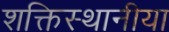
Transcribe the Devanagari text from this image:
शक्तिस्थानीया